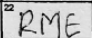
Transcription: RME